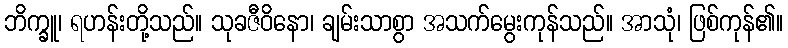
ဘိက္ခူ၊ ရဟန်းတို့သည်။ သုခဇီဝိနော၊ ချမ်းသာစွာ အသက်မွေးကုန်သည်။ အာသုံ၊ ဖြစ်ကုန်၏။